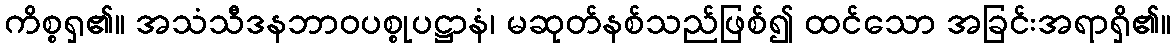
ကိစ္စရှ၏။ အသံသီဒနဘာဝပစ္စုပဋ္ဌာနံ၊ မဆုတ်နစ်သည်ဖြစ်၍ ထင်သော အခြင်းအရာရှိ၏။